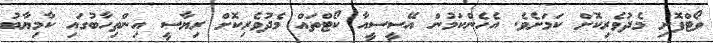
ވޯޓްފޮށި މެދުވެރިކޮށް ކަމަށެވެ. އެހެންކަމުން އޭސީސީއާ ކޯޓްތައް މެދުވެރިކޮށް ރިޔާސީ އިންތިހާބުގައި ކާމިޔާބު